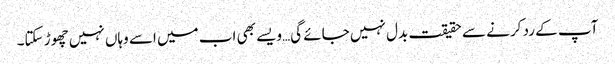
آپ کے رد کرنے سے حقیقت بدل نہیں جائے گی…ویسے بھی اب میں اسے وہاں نہیں چھوڑ سکتا۔